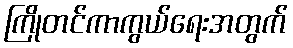
ကြိုတင်ကာကွယ်ရေးအတွက်